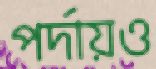
পর্দায়ও